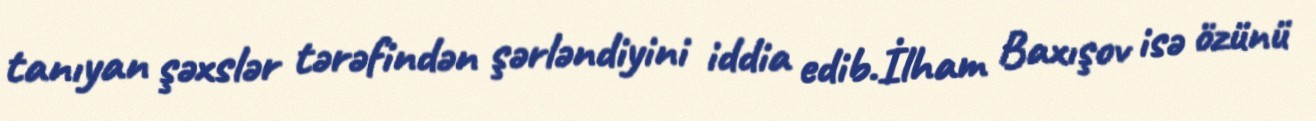
tanıyan şəxslər tərəfindən şərləndiyini iddia edib.İlham Baxışov isə özünü